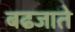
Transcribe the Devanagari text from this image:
बढजाते